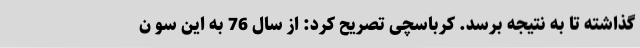
گذاشته تا به نتیجه برسد. کرباسچی تصریح کرد: از سال 76 به این سو ن